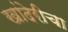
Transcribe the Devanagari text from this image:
खांदेरीचा